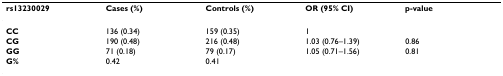
<table><thead><tr><td><b>rs13230029</b></td><td><b>Cases (%)</b></td><td><b>Controls (%)</b></td><td><b>OR (95% CI)</b></td><td><b>p-value</b></td></tr></thead><tbody><tr><td><b>CC</b></td><td>136 (0.34)</td><td>159 (0.35)</td><td>1</td><td></td></tr><tr><td><b>CG</b></td><td>190 (0.48)</td><td>216 (0.48)</td><td>1.03 (0.76–1.39)</td><td>0.86</td></tr><tr><td><b>GG</b></td><td>71 (0.18)</td><td>79 (0.17)</td><td>1.05 (0.71–1.56)</td><td>0.81</td></tr><tr><td><b>G%</b></td><td>0.42</td><td>0.41</td><td></td><td></td></tr></tbody></table>